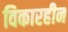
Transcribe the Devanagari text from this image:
विकारहीन